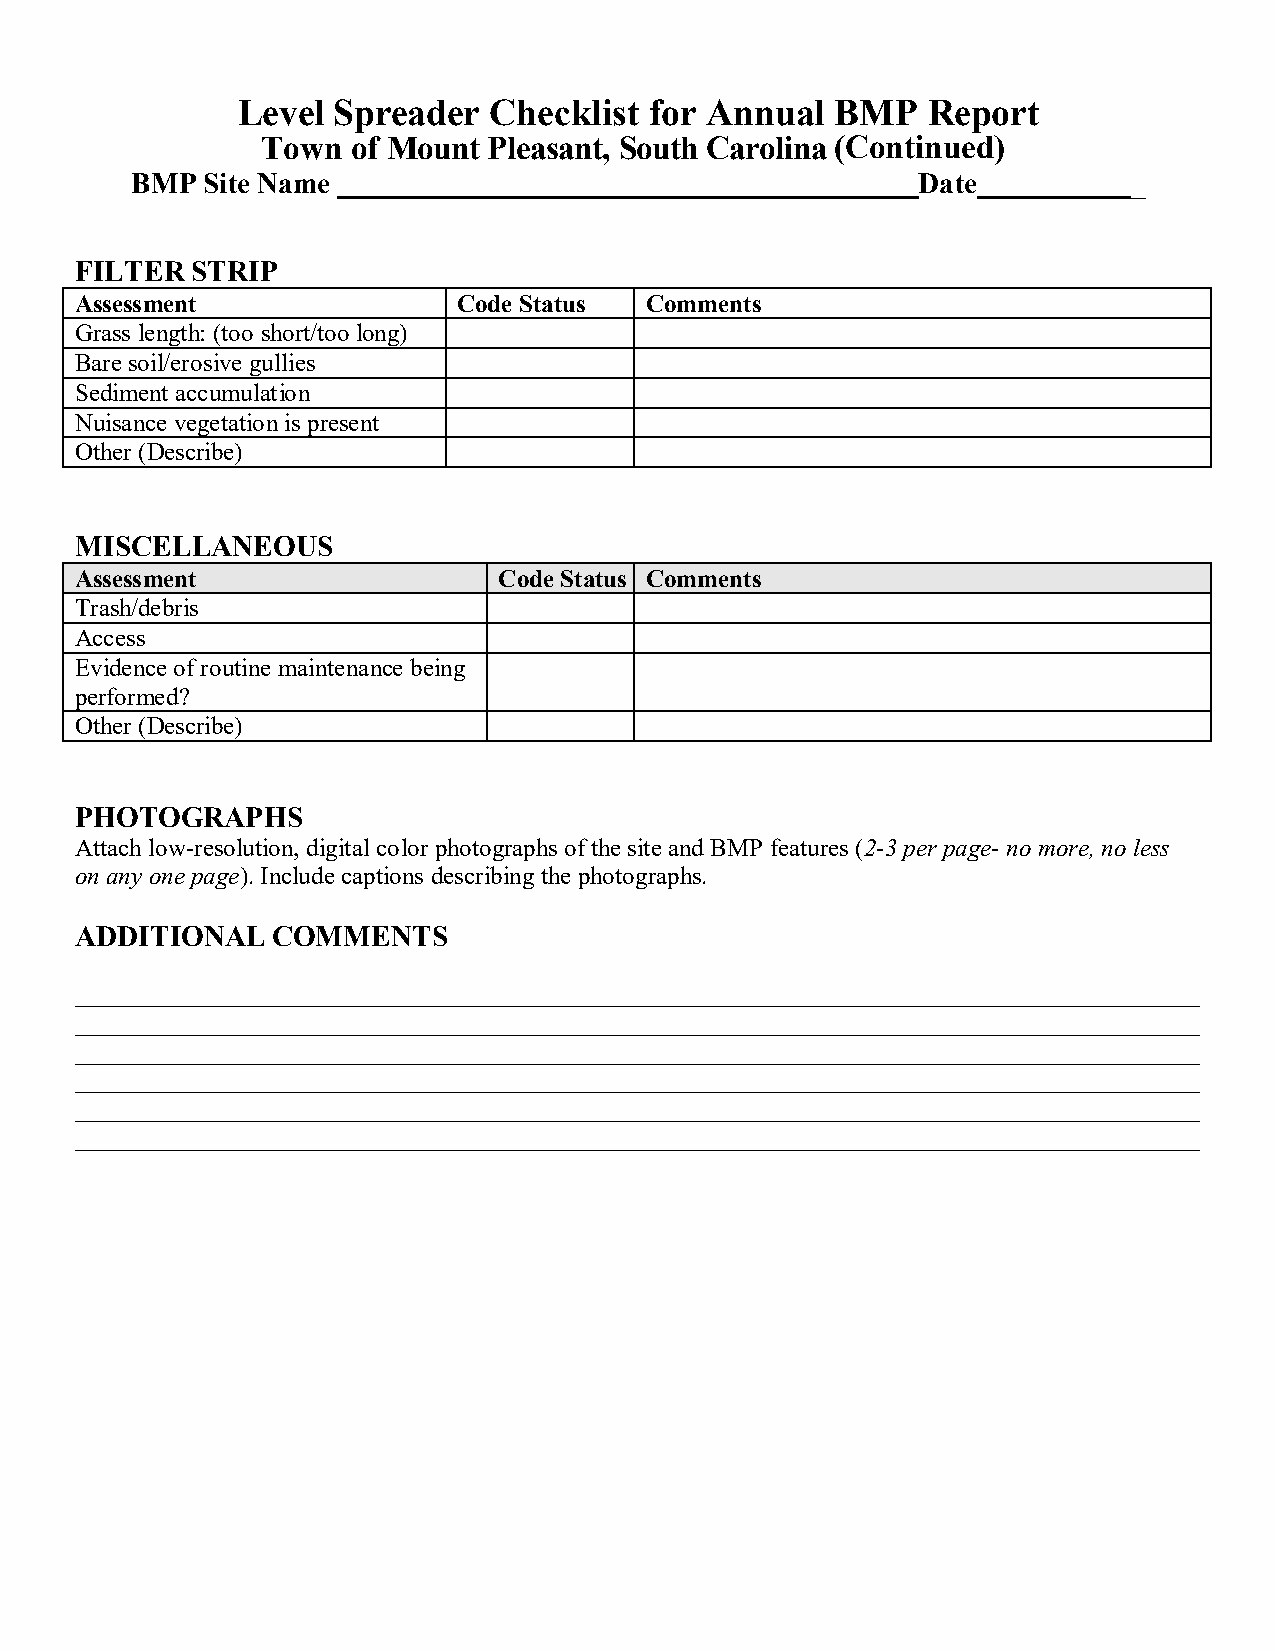
Level Spreader  Checklist  for Annual  BMP   Report
 Town  of Mount Pleasant, South Carolina (Continued)
 BMP Site Name                                       Date          _
 FILTER  STRIP
 Assessment               Code Status  Comments
 Grass length: (too short/too long)
 Bare soil/erosive gullies
 Sediment accumulation
 Nuisance vegetation is present
 Other (Describe)
 MISCELLANEOUS
 Assessment                  Code Status Comments
 Trash/debris
 Access
 Evidence of routine maintenance being
 performed?
 Other (Describe)
 PHOTOGRAPHS
 Attach low-resolution, digital color photographs of the site and BMP features (2-3 per page- no more, no less
 on any one page). Include captions describing the photographs.
 ADDITIONAL   COMMENTS